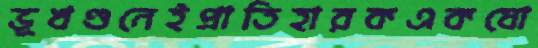
ভূখণ্ডনেইপ্রাতিহারকএকযো